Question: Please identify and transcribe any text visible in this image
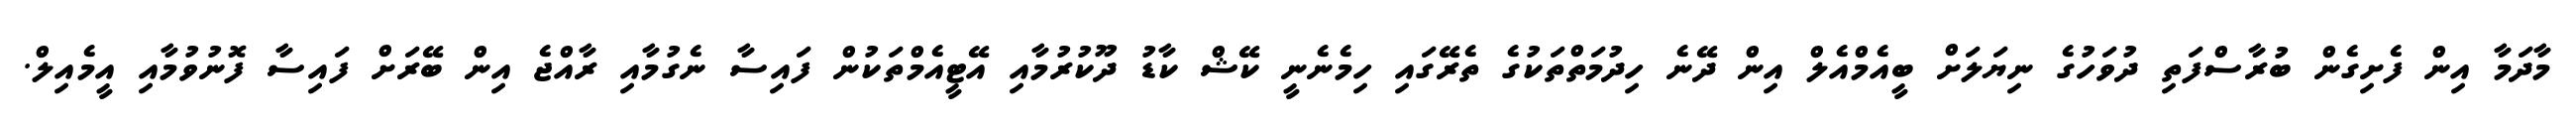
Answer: މާދަމާ އިން ފެށިގެން ބުރާސްފަތި ދުވަހުގެ ނިޔަލަށް ބީއެމްއެލް އިން ދޭނެ ހިދުމަތްތަކުގެ ތެރޭގައި ހިމެނެނީ ކޭޝް ކާޑު ދޫކުރުމާއި އޭޓީއެމްތަކުން ފައިސާ ނެގުމާއި ރާއްޖެ އިން ބޭރަށް ފައިސާ ފޮނުވުމާއި އީމެއިލް.